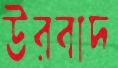
উরবাদ